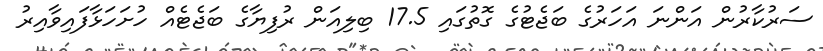
ސަރުކާރުން އަންނަ އަހަރުގެ ބަޖެޓުގެ ގޮތުގައި 17.5 ބިލިއަން ރުފިޔާގެ ބަޖެޓެއް ހުށަހަޅާފައިވާއިރު